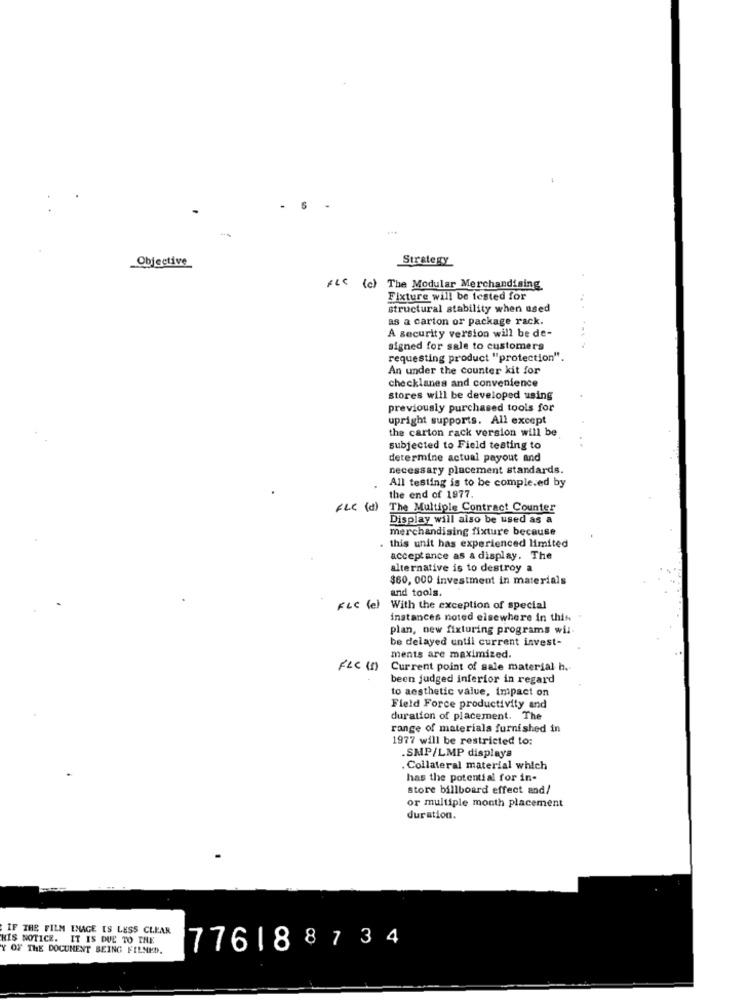
6
Objective
Strategy
fi< (c) The Modular Merchandising
Fixture will be tested for
structural stability when used
as a carton or package rack.
A security version will be de-
signed for sale to customers
requesting product "protection".
An under the counter kit for
checklanes and convenience
stores will be developed using
previously purchased tools for
upright supports. All except
the carton rack version will be
subjected to Field testing to
determine actual payout and
necessary placement standards.
All testing is to be comple.ed by
the end of 1977.
FLE (d)
The Multiple Contract Counter
Display will also be used as a
merchandising fixture because
this unit has experienced limited
acceptance as a display. The
alternative is to destroy a
$60, 000 investment in materials
and tools.
FLc (el With the exception of special
instances noted elsewhere in this .
plan, new fixturing programs wil.
be delayed until current invest-
ments are maximized.
FLC (1)
Current point of sale material h.
been judged inferior in regard
to aesthetic value, impact on
Field Force productivity and
duration of placement. The
range of materials furnished in
1977 will be restricted to:
.SNP/LMP displays
. Collateral material which
has the potential for in-
Store billboard effect and/
or multiple month placement
duration.
IF THE FILM ENAGE IS LESS CLEAR
HIS NOTICE. IT IS DUE TO THE
Y OF THE DOCUMENT BEING FILMED.
776188734